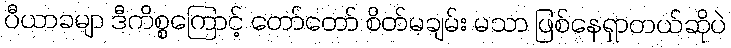
ပီယာခမျာ ဒီကိစ္စကြောင့် တော်တော် စိတ်မချမ်း မသာ ဖြစ်နေရှာတယ်ဆိုပဲ